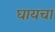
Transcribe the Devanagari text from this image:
घायचा